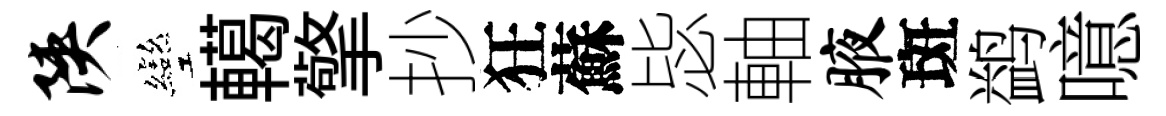
陕彎轕擎抄狂蘇毖軸腋斑鹢噫